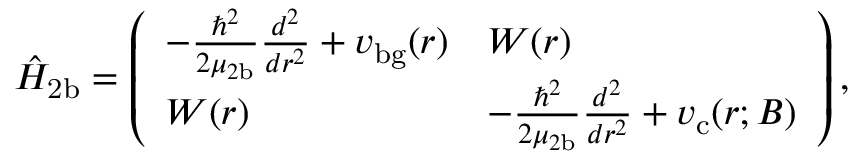
\hat { H } _ { \mathrm { 2 b } } = \left( \begin{array} { l l } { - \frac { \hbar ^ { 2 } } { 2 \mu _ { 2 \mathrm { b } } } \frac { d ^ { 2 } } { d r ^ { 2 } } + v _ { \mathrm { b g } } ( r ) } & { W ( r ) } \\ { W ( r ) } & { - \frac { \hbar ^ { 2 } } { 2 \mu _ { 2 \mathrm { b } } } \frac { d ^ { 2 } } { d r ^ { 2 } } + v _ { \mathrm { c } } ( r ; B ) } \end{array} \right) ,